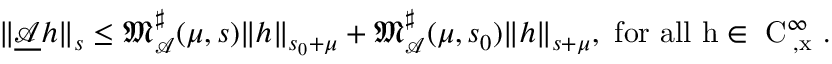
\begin{array} { r } { \rVert \underline { { \mathcal { A } } } h \rVert _ { s } \le \mathfrak { M } _ { \mathcal { A } } ^ { \sharp } ( \mu , s ) \rVert h \rVert _ { s _ { 0 } + \mu } + \mathfrak { M } _ { \mathcal { A } } ^ { \sharp } ( \mu , s _ { 0 } ) \rVert h \rVert _ { s + \mu } , \mathrm { ~ f o r ~ a l l ~ h \in ~ C ^ \infty _ { \varphi , x } ~ . } } \end{array}